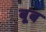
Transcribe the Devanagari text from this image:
बूब